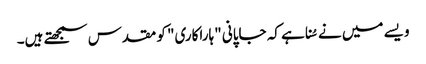
ویسے میں نے سُنا ہے کہ جاپانی "ہاراکاری" کو مقدس سمجھتے ہیں۔